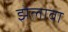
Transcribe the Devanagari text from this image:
झेलावा